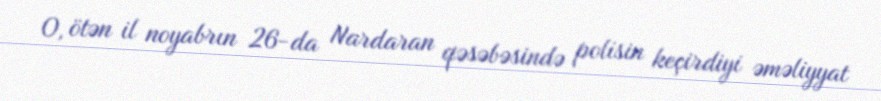
O, ötən il noyabrın 26-da Nardaran qəsəbəsində polisin keçirdiyi əməliyyat